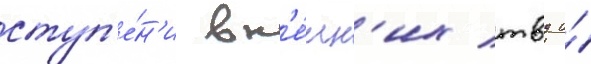
ступ'е́н'и вн'е́шн'их твд и́